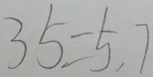
3 5 = 5 , 7